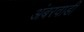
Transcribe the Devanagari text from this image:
अंबरवाडी